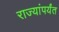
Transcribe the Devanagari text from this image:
राज्यांपर्यंत